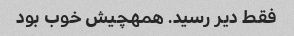
فقط دیر رسید. همهچیش خوب بود